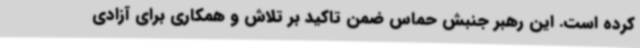
کرده است. این رهبر جنبش حماس ضمن تاکید بر تلاش و همکاری برای آزادی